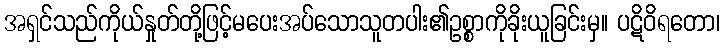
အရှင်သည်ကိုယ်နှုတ်တို့ဖြင့်မပေးအပ်သောသူတပါး၏ဥစ္စာကိုခိုးယူခြင်းမှ။ ပဋိဝိရတော၊